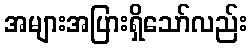
အများအပြားရှိသော်လည်း